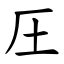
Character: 圧